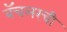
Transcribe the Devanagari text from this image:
बॅचलरची